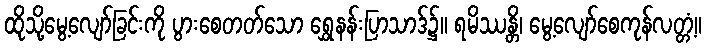
ထိုသို့မွေ့လျော်ခြင်းကို ပွားစေတတ်သော ရွှေနန်းပြာသာဒ်၌။ ရမိဿန္တိ၊ မွေ့လျော်စေကုန်လတ္တံ့။